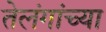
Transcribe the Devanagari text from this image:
तेलंगांच्या